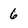
Character: 6